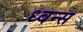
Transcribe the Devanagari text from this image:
ध्वन्स